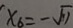
x _ { 6 } = - \sqrt { 1 1 }